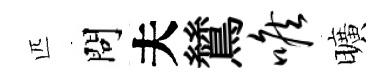
匹問夫鷥喉曠